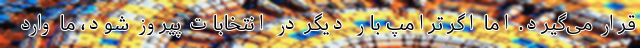
قرار می‌گیرد. اما اگر ترامپ بار دیگر در انتخابات پیروز شود، ما وارد